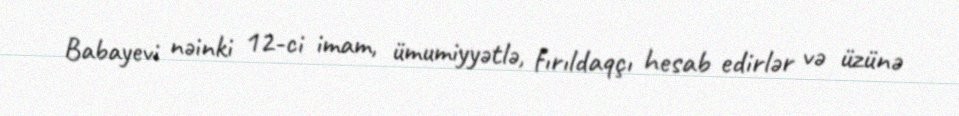
Babayevi nəinki 12-ci imam, ümumiyyətlə, fırıldaqçı hesab edirlər və üzünə